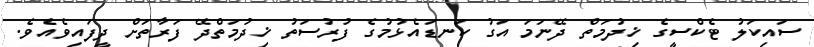
ސައިކަލު ޓެކްސީގެ ޚިދުމަތް ދޭނަމަ އަގު ކަނޑައެޅުމުގެ ފުރުސަތު ޚިދުމަތްދޭ ފަރާތަށް ދީފައިވެއެވެ.